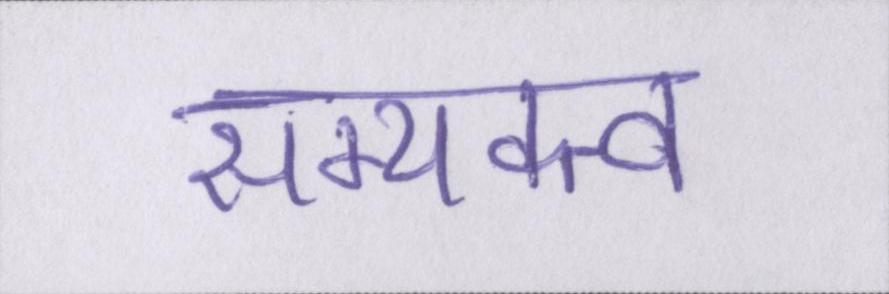
सम्यक्त्व